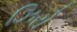
ઝિરો